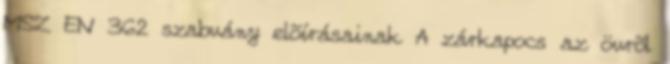
MSZ EN 362 szabvány elõírásainak A zárkapocs az övrõl